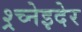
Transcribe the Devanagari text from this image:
श्र्च्नेइदेर